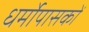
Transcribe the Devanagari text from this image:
धर्मोपासकों